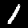
Label: 1